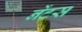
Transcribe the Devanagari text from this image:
नेंटस